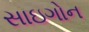
સાઇગોન